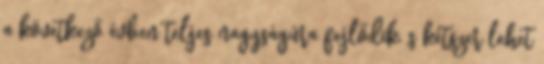
a következő évben teljes nagyságúra fejlődik, s kétszer lehet